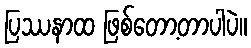
ပြဿနာထ ဖြစ်တော့တာပါပဲ။